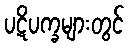
ပဋိပက္ခများတွင်